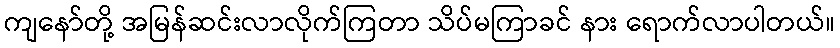
ကျနော်တို့ အမြန်ဆင်းလာလိုက်ကြတာ သိပ်မကြာခင် နား ရောက်လာပါတယ်။